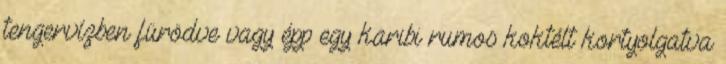
tengervízben fürödve vagy épp egy karibi rumos koktélt kortyolgatva